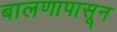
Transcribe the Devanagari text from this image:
बालणापासून